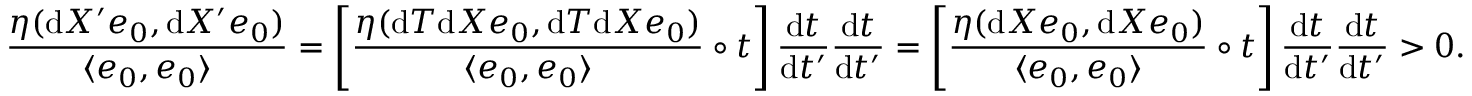
\frac { \eta ( \mathrm d X ^ { \prime } e _ { 0 } , \mathrm d X ^ { \prime } e _ { 0 } ) } { \langle e _ { 0 } , e _ { 0 } \rangle } = \left[ \frac { \eta ( \mathrm { d } T \mathrm { d } X e _ { 0 } , \mathrm { d } T \mathrm { d } X e _ { 0 } ) } { \langle e _ { 0 } , e _ { 0 } \rangle } \circ t \right] \frac { \mathrm { d } t } { \mathrm { d } t ^ { \prime } } \frac { \mathrm { d } t } { \mathrm { d } t ^ { \prime } } = \left[ \frac { \eta ( \mathrm { d } X e _ { 0 } , \mathrm { d } X e _ { 0 } ) } { \langle e _ { 0 } , e _ { 0 } \rangle } \circ t \right] \frac { \mathrm { d } t } { \mathrm { d } t ^ { \prime } } \frac { \mathrm { d } t } { \mathrm { d } t ^ { \prime } } > 0 .